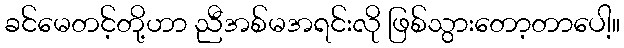
ခင်မေတင့်တို့ဟာ ညီအစ်မအရင်းလို ဖြစ်သွားတော့တာပေါ့။